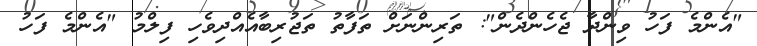
"އެންމެ ފަހު ވިންދާ ޖެހެންދެން": ތަރިންނަށް ތަފާތު ތަޖުރިބާއެއްދިވެހި ފިލްމު "އެންމެ ފަހު